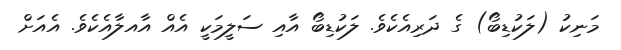
މަނިކު (ލަކުޑިބޯ) ގެ ދަރިއެކެވެ. ލަކުޑިބޯ އާއި ސަލީމަކީ އެއް އާއލާއެކެވެ. އެއަށް